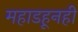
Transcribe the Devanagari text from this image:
महाडहूनही